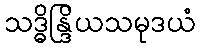
သဒ္ဓိန္ဒြိယသမုဒယံ